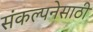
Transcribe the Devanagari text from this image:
संकल्पनेसाठी